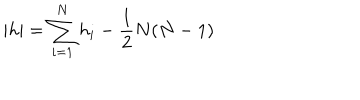
LaTeX: | h | = \sum _ { i = 1 } ^ { N } h _ { i } - \frac { 1 } { 2 } N ( N - 1 )